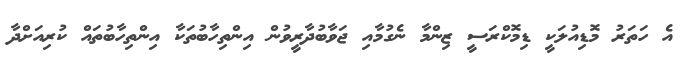
އެ ހަތަރު މޮޑިއުލަކީ ޑިމޮކްރަސީ ޒިންމާ ނެގުމާއި ޖަވާބުދާރީވުން އިންތިހާބުތަކާ އިންތިހާބުތައް ކުރިއަށްދާ